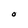
Character: O